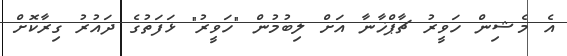
އެ މެޝިން ހަވީރު ޗާޕްޚާނާ އަށް ލިބުމުން "ހަވީރު" ޅަފަތުގެ ދައުރު ގިރާކޮށް